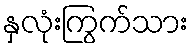
နှလုံးကြွက်သား